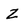
Character: Z